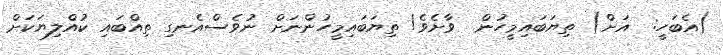
(އެބަހީ:  އަށް) ތިޔަބައިމީހުން  ވާށެވެ! ތިޔަބައިމީހުންނަށް ނުވެސްއެނގި ތިއްބައި ކުއްލިޔަކަށް